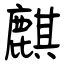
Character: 麒